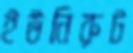
ইউনিরুট